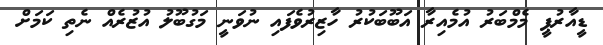
ޑީއާރުޕީ މެމްބަރު އުމެއިރާ އަބޫބަކުރު ހާޒިރުވެފައި ނުވަނީ މަގުބޫލު އުޒުރެއް ނެތި ކަމަށް